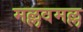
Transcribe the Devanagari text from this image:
मल्लवमल्ल